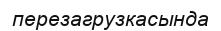
перезагрузкасында